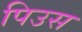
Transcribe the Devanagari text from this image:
पिउस